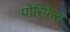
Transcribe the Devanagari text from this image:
पोरिफ़ेरा